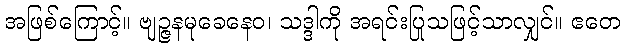
အဖြစ်ကြောင့်။ ဗျဉ္ဇနမုခေနေဝ၊ သဒ္ဒါကို အရင်းပြုသဖြင့်သာလျှင်။ ဧတေ